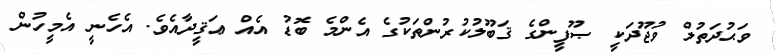
ވަޙުދަތުލް ވުޖޫދަކީ ޞޫފީންގެ ޤަބޫލުކުރުންތަކުގެ އެންމެ ބޮޑު އެއް ޢަޤީދާއެވެ. އެހެނީ އެމީހުން